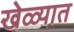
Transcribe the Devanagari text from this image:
खेळ्यात